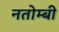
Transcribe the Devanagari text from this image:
नतोम्बी